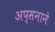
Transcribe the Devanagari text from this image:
अप्सनाने